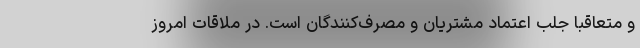
و متعاقبا جلب اعتماد مشتریان و مصرف‌کنندگان است. در ملاقات امروز